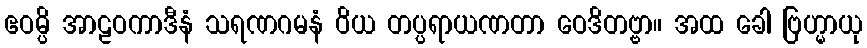
ဧဝမ္ပိ အာဠဝကာဒီနံ သရဏဂမနံ ဝိယ တပ္ပရာယဏတာ ဝေဒိတဗ္ဗာ။ အထ ခေါ ဗြဟ္မာယု